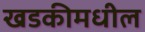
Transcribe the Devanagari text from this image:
खडकीमधील